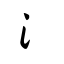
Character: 氵